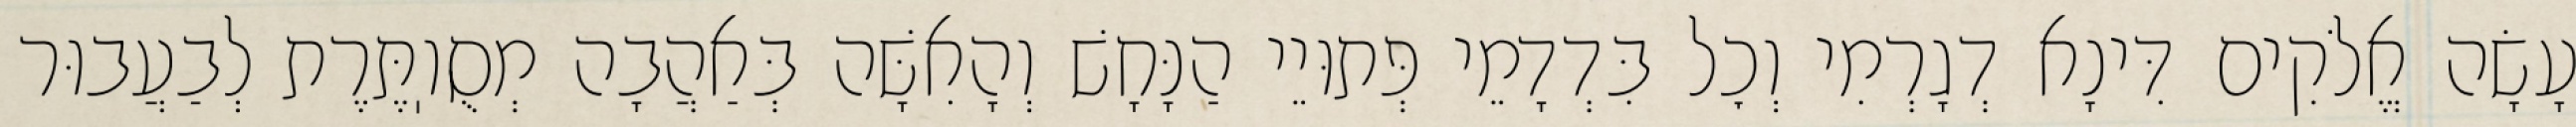
עָשָׂה אֱלֹקִים דִּינָא דְגָרְמִי וְכׇל בִּדְדָמֵי פְּתוּיֵי הַנָּחָשׁ וְהָאִשָּׁה בְּאַהֲבָה מְסֻוֽתֶּרֶת לְבַעֲבוּר